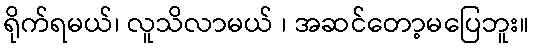
ရိုက်ရမယ်၊ လူသိလာမယ် ၊ အဆင်တော့မပြေဘူး။